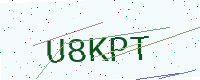
Text: U8KPT